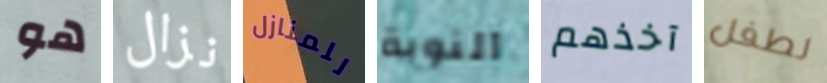
هو نزال للمنازل النوبة آخذهم لطفل